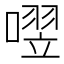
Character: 𪢄